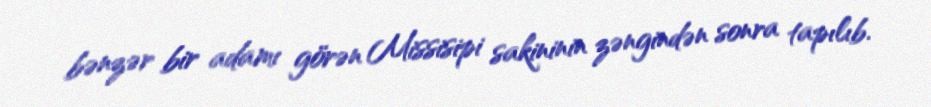
bənzər bir adamı görən Missisipi sakininin zəngindən sonra tapılıb.